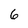
Character: 6